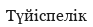
Түйіспелік